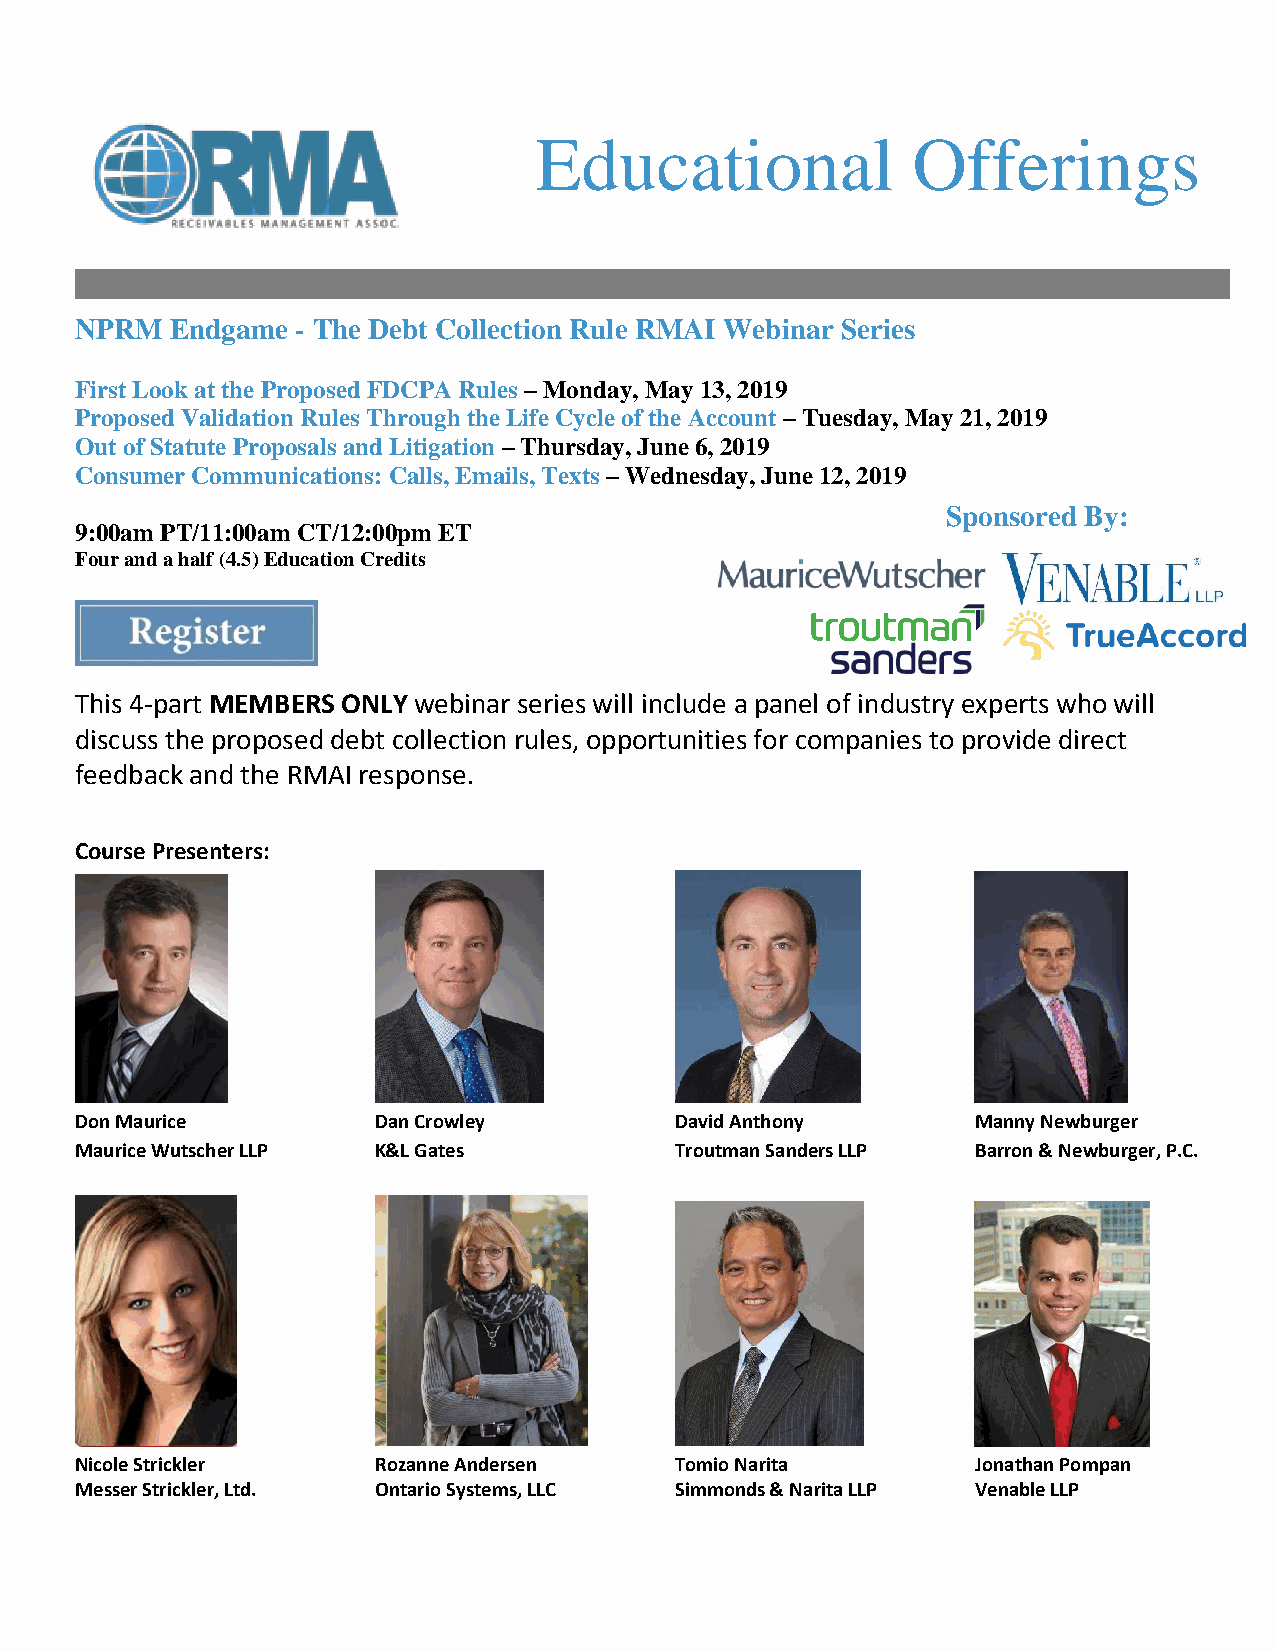
Educational              Offerings
 NPRM  Endgame  - The Debt Collection Rule RMAI Webinar Series
 First Look at the Proposed FDCPA Rules – Monday, May 13, 2019
 Proposed Validation Rules Through the Life Cycle of the Account – Tuesday, May 21, 2019
 Out of Statute Proposals and Litigation – Thursday, June 6, 2019
 Consumer Communications: Calls, Emails, Texts – Wednesday, June 12, 2019
 Sponsored By:
 9:00am PT/11:00am CT/12:00pm ET
 Four and a half (4.5) Education Credits
 This 4-part MEMBERS ONLY webinar series will include a panel of industry experts who will
 discuss the proposed debt collection rules, opportunities for companies to provide direct
 feedback and the RMAI response.
 Course Presenters:
 Don Maurice         Dan Crowley         David Anthony       Manny Newburger
 Maurice Wutscher LLP K&L Gates          Troutman Sanders LLP Barron & Newburger, P.C.
 Nicole Strickler    Rozanne Andersen    Tomio Narita        Jonathan Pompan
 Messer Strickler, Ltd. Ontario Systems, LLC Simmonds & Narita LLP Venable LLP